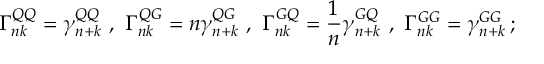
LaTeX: \Gamma _ { n k } ^ { Q Q } = \gamma _ { n + k } ^ { Q Q } \ , \ \Gamma _ { n k } ^ { Q G } = n \gamma _ { n + k } ^ { Q G } \ , \ \Gamma _ { n k } ^ { G Q } = \frac { 1 } { n } \gamma _ { n + k } ^ { G Q } \ , \ \Gamma _ { n k } ^ { G G } = \gamma _ { n + k } ^ { G G } \, ;